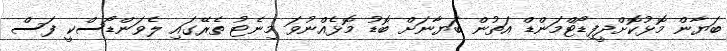
ބަޔާން މޮޅުކޮށްދީފިޑޯޓްމަންޑް އަތުން ބަޔާނަށް ބޮޑު މޮޅެއްނުވަ މިނެޓު ތެރޭގައި ލެވަންޑޯސްކީ ފަސް